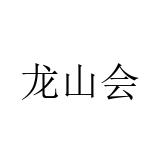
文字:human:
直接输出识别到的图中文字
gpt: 龙山会